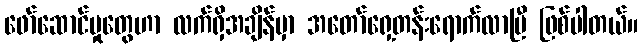
ဖော်ဆောင်မှုတွေဟာ လက်ရှိအချိန်မှာ အတော်ရှေ့တန်းရောက်လာပြီ ဖြစ်ပါတယ်။